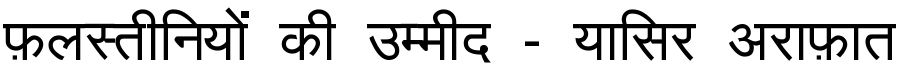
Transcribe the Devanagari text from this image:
फ़लस्तीनियों की उम्मीद - यासिर अराफ़ात